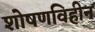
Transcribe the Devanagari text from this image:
शोषणविहीन